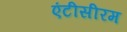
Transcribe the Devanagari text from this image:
एंटीसीरम